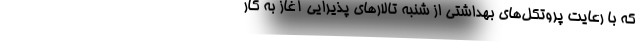
که با رعایت پروتکل‌های بهداشتی از شنبه تالارهای پذیرایی آغاز به کار